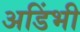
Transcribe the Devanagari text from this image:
अडिंभी